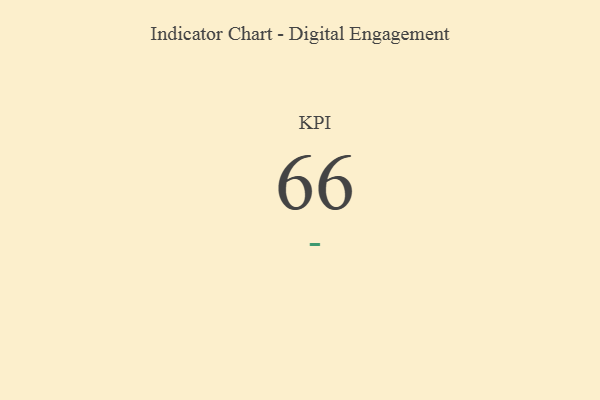
{"axis": {"x": "KPI", "y": "Value"}, "legend": [""], "data": [{"x": "KPI", "y": 66, "type": ""}]}